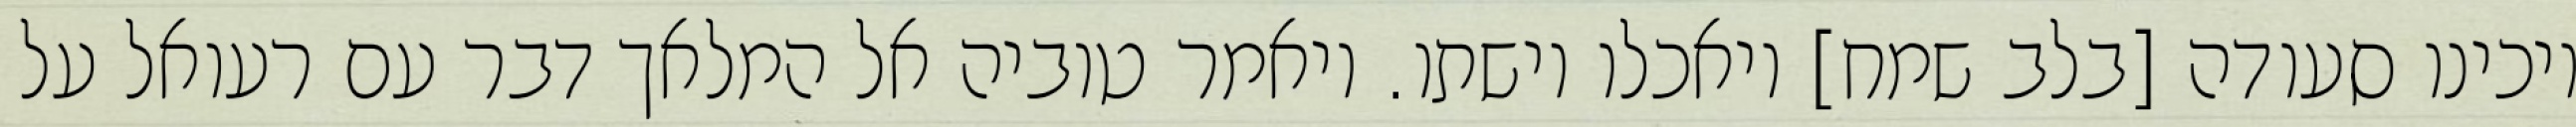
ויכינו סעודה [בלב שמח] ויאכלו וישתו. ויאמר טוביה אל המלאך דבר עם רעואל על